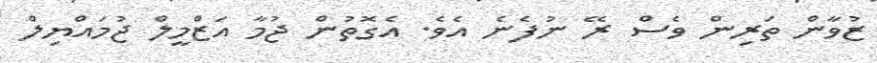
ޒުވާން ތަރިން ވެސް ރޭ ނުފެނެ އެވެ. އެގޮތުން ޖުމާ އަޒްމީލް ޖުމައްޔިލް